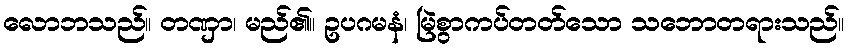
လောဘသည်။ တဏှာ၊ မည်၏။ ဥပဂမနံ၊ မြဲစွာကပ်တတ်သော သဘောတရားသည်။